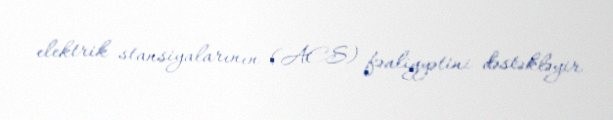
elektrik stansiyalarının (AES) fəaliyyətini dəstəkləyir.